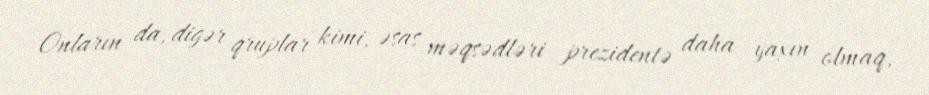
Onların da, digər qruplar kimi, əsas məqsədləri prezidentə daha yaxın olmaq,